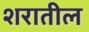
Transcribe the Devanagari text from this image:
शरातील